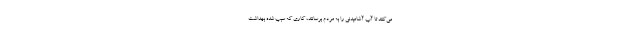
می‌کنند تا آب آشامیدنی را به مردم برسانند، کاری که سبب شده بهداشت